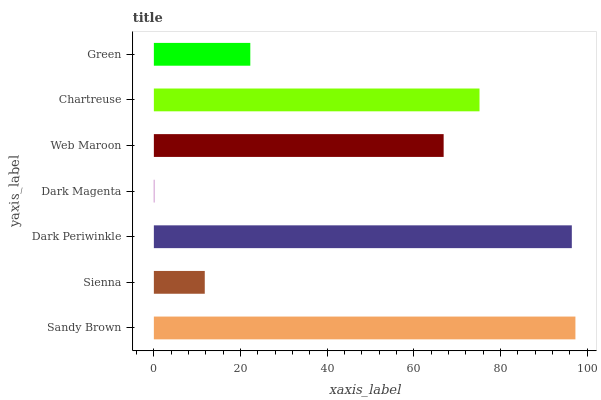
| yaxis_label | bars |
 | --- | --- |
 | Sandy Brown | 97.3 |
 | Sienna | 11.8 |
 | Dark Periwinkle | 96.5 |
 | Dark Magenta | 0.0939 |
 | Web Maroon | 66.9 |
 | Chartreuse | 75.2 |
 | Green | 22.3 |